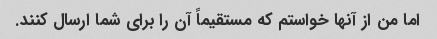
اما من از آنها خواستم که مستقیماً آن را برای شما ارسال کنند.